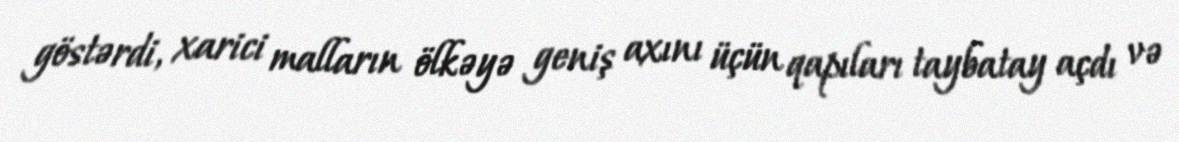
göstərdi, xarici malların ölkəyə geniş axını üçün qapıları taybatay açdı və